Reports on dispensaries and lunatic asylums in the Province of Oudh - 1869-1876
Year: 1869
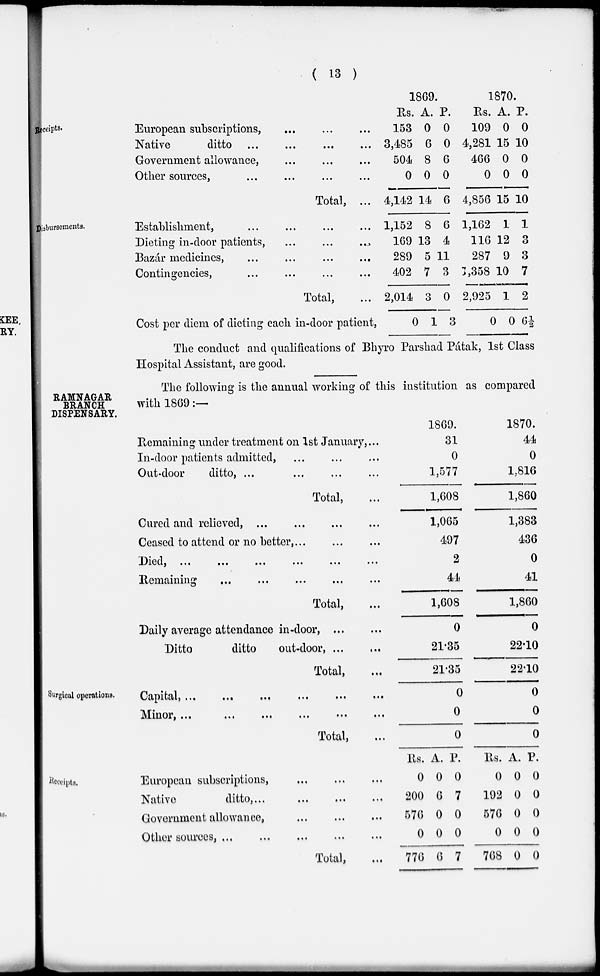
( 13 )
Receipts.
European subscriptions, ... ... ...
Native
ditto ... ... ... ...
Government allowance, ... ... ...
Other sources,
...
...
...
...
Total, ...
1869.
Rs.
153
3,485
504
0
4,142
A.
0
6
8
0
14
P.
0
0
6
0
6
1870.
Rs.
109
4,281
466
0
4,856
A.
0
15
0
0
15
P.
0
10
0
0
10
Disbursements.
Establishment, ... ... ... ...
Dieting in-door patients,
...
...
...
Bazár medicines, ... ... ... ...
Contingencies, ... ... ... ...
Total, ...
Cost per diem of dieting each in-door patient,
1,152
169
289
402
2,014
0
8
13
5
7
3
1
6
4
11
3
0
3
1,162
116
287
1,358
2,925
0
1
12
9
10
1
0
1
3
3
7
2
6½
The conduct and qualifications of Bhyro Parshad Pátak, 1st Class
Hospital Assistant, are good.
RAMNAGAR
BRANCH
DISPENSARY.
The following is the annual working of this institution as compared
with 1869:—
Remaining under treatment on 1st January, ...
In-door patients admitted, ... ... ...
Out-door
ditto, ... ... ...
Total, ...
Cured and relieved, ... ... ... ...
Ceased to attend or no better, ... ... ...
Died,
...
...
...
...
...
...
Remaining ... ... ... ... ...
Total, ...
Daily average attendance in-door,
...
...
Ditto
ditto
out-door, ... ...
Total, ...
1869.
31
0
1,577
1,608
1,065
497
2
44
1,608
0
21.35
21.35
1870.
44
0
1,816
1,860
1,383
436
0
41
1,860
0
22.10
22.10
Surgical operations.
Capital,
...
...
...
...
...
...
Minor,
...
...
...
...
...
...
Total, ...
0
0
0
0
0
0
Receipts.
European subscriptions, ... ... ...
Native
ditto,... ... ...
Government allowance, ... ... ...
Other sources, ... ... ... ... ...
Total, ...
Rs.
0
200
576
0
776
A.
0
6
0
0
6
P.
0
7
0
0
7
Rs.
0
192
576
0
768
A.
0
0
0
0
0
P.
0
0
0
0
0